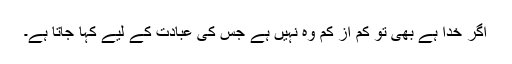
اگر خدا ہے بھی تو کم از کم وہ نہیں ہے جس کی عبادت کے لیے کہا جاتا ہے۔